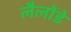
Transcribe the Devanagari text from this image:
लैलोंडे